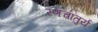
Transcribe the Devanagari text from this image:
रणचातुर्य